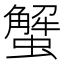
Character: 蟹